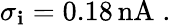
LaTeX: \sigma_{\mathbf{i}}=0.18\, \mathrm{{nA}}\; .